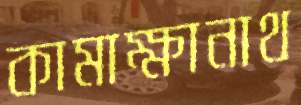
কামাক্ষানাথ